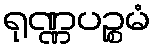
ရုဏ္ဏပဉ္စမံ